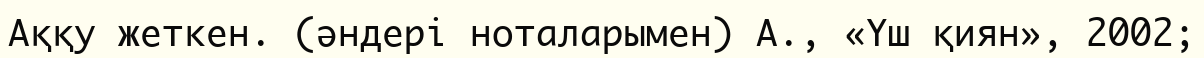
Аққу жеткен. (әндері ноталарымен) А., «Үш қиян», 2002;